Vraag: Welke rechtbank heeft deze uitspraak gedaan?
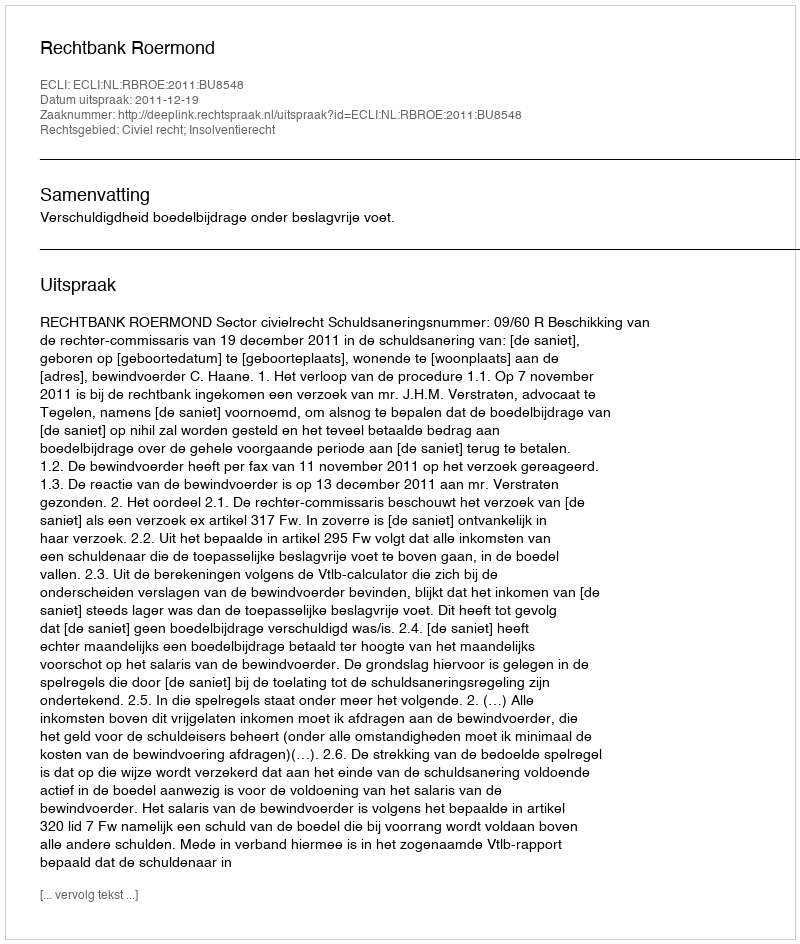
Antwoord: Rechtbank Roermond